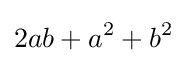
2ab+a^{2}+b^{2}